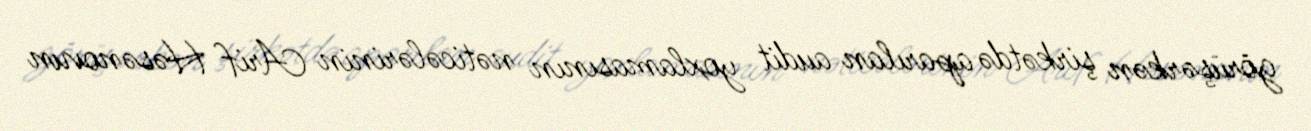
görüşərkən şirkətdə aparılan audit yoxlamasının nəticələrinin Arif Həsənovun